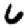
Digit: 6